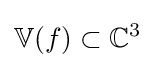
\mathbb {V} (f)\subset \mathbb {C} ^{3}